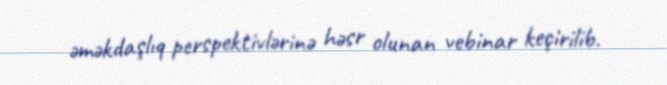
əməkdaşlıq perspektivlərinə həsr olunan vebinar keçirilib.